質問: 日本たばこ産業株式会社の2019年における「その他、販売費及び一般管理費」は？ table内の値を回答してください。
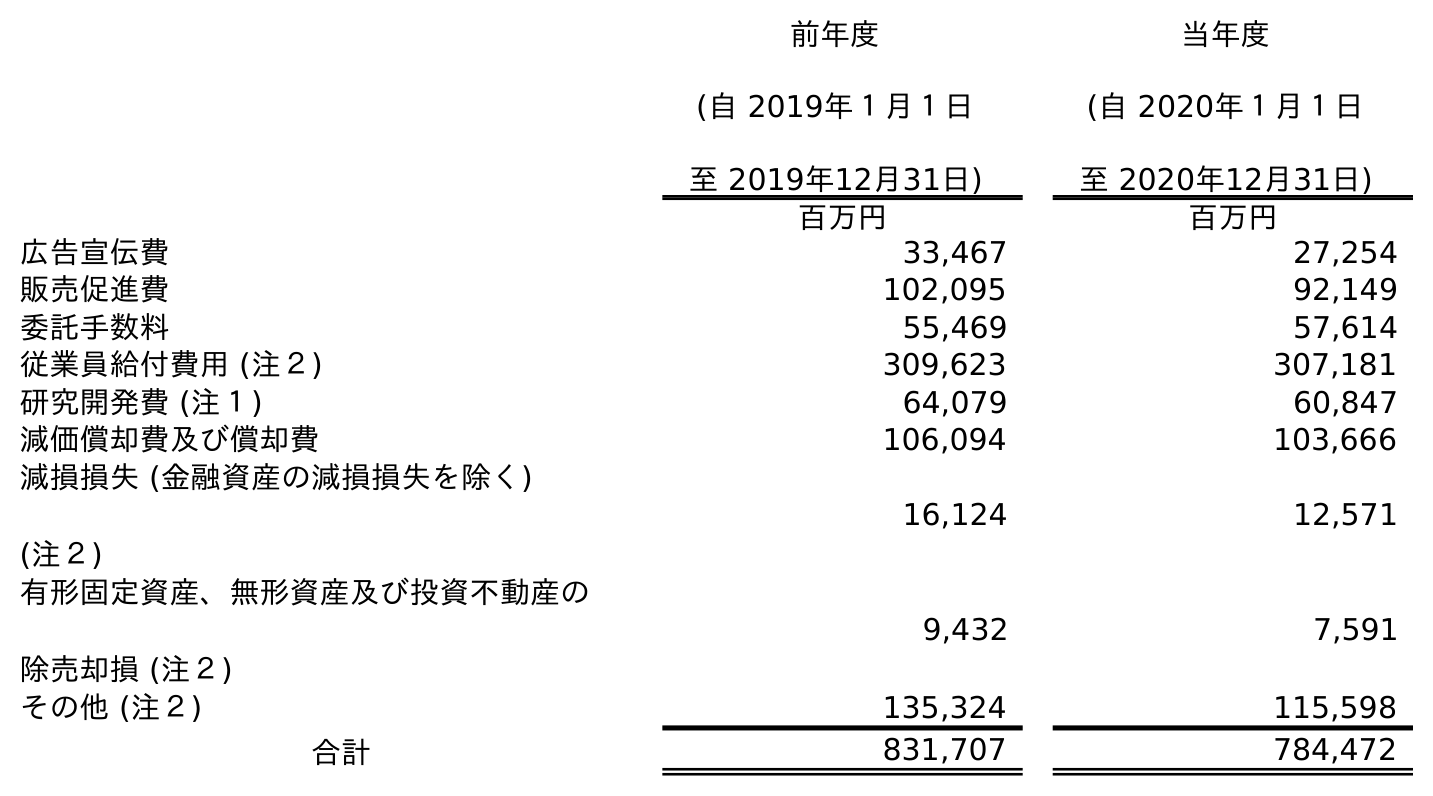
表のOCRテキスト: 前年度 (自 2019年１月１日 至 2019年12月31日) 当年度 (自 2020年１月１日 至 2020年12月31日) 百万円 百万円 広告宣伝費 33,467 27,254 販売促進費 102,095 92,149 委託手数料 55,469 57,614 従業員給付費用 (注２) 309,623 307,181 研究開発費 (注１) 64,079 60,847 減価償却費及び償却費 106,094 103,666 減損損失 (金融資産の減損損失を除く) (注２) 16,124 12,571 有形固定資産、無形資産及び投資不動産の 除売却損 (注２) 9,432 7,591 その他 (注２) 135,324 115,598 合計 831,707 784,472
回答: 135,324